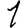
Digit: 1